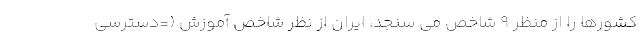
کشورها را از منظر ۹ شاخص می سنجد، ایران از نظر شاخص آموزش (=دسترسی